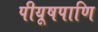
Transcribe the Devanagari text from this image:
पीयूषपाणि